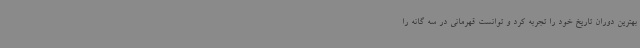
بهترین دوران تاریخ خود را تجربه کرد و توانست قهرمانی در سه گانه را